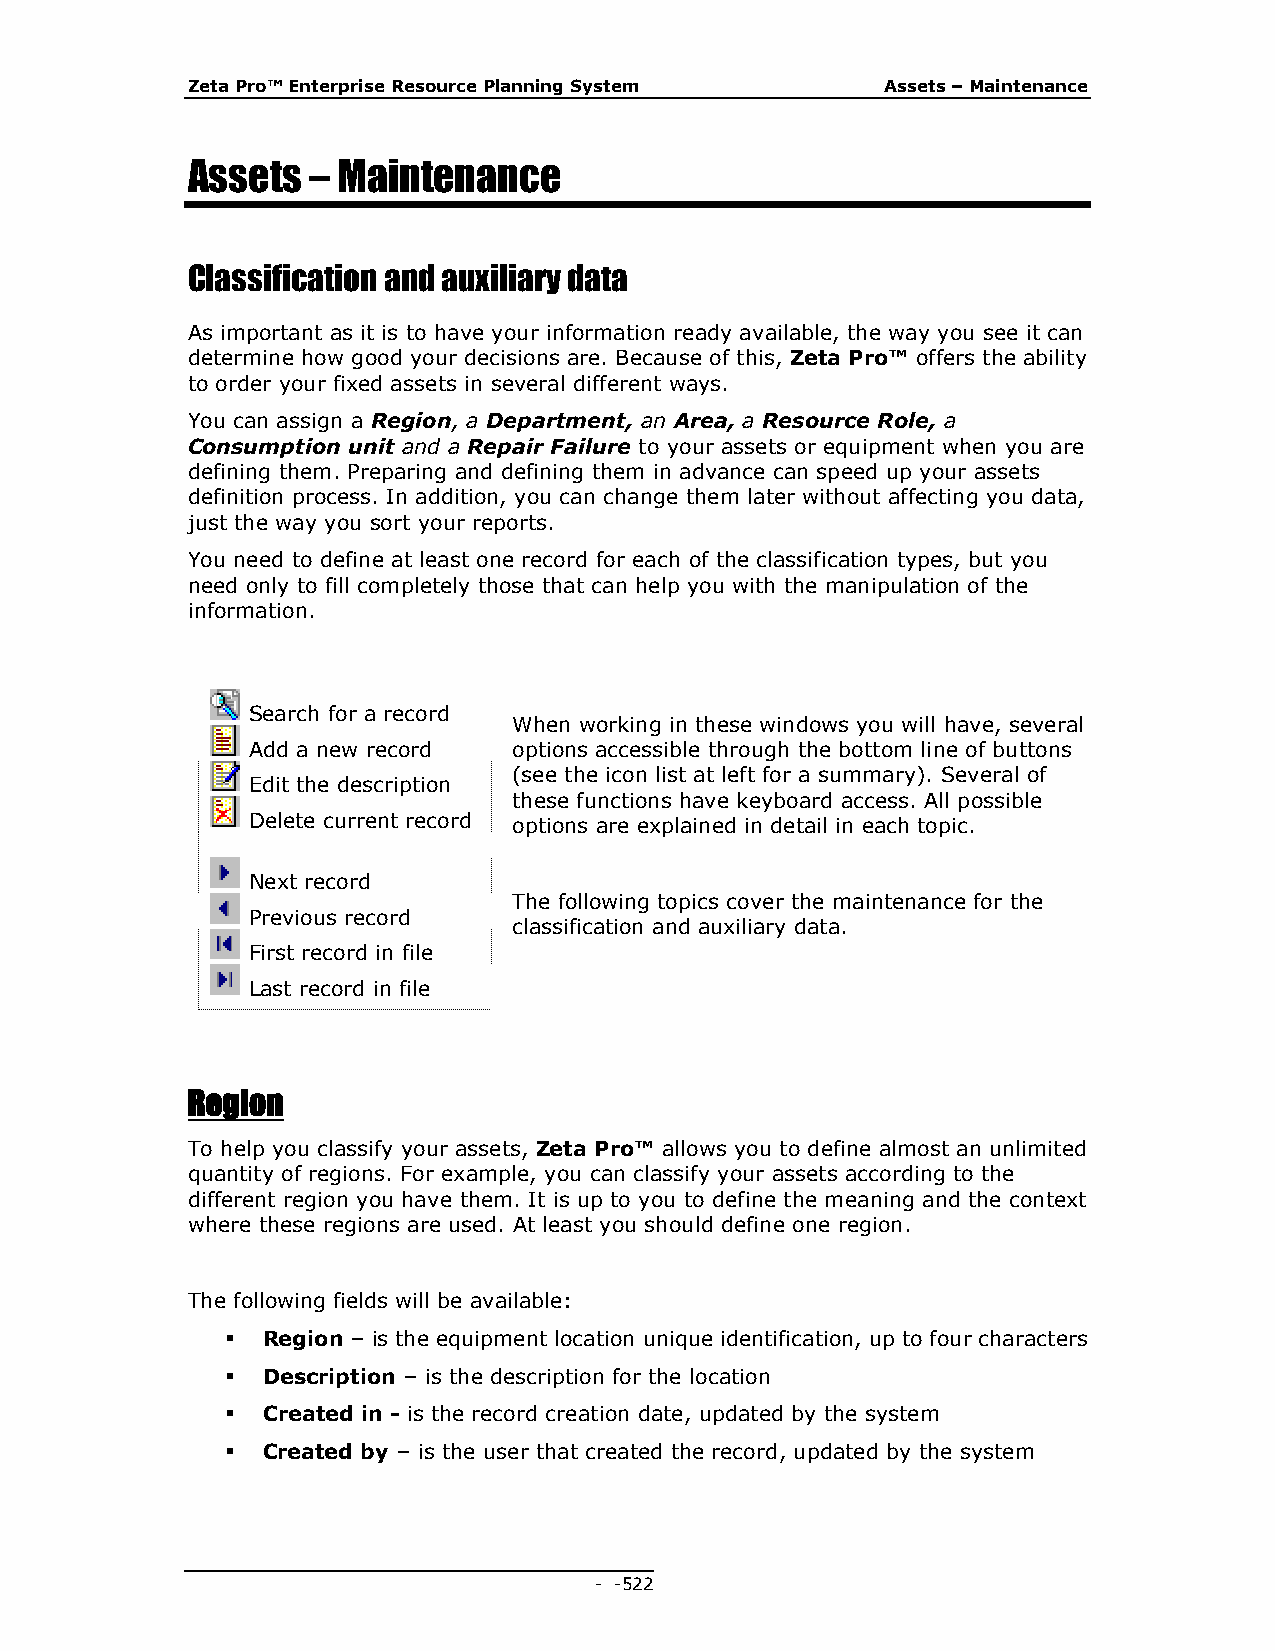
Zeta Pro™ Enterprise Resource Planning System  Assets – Maintenance
 Assets  – Maintenance
 Classification and auxiliary data
 As important as it is to have your information ready available, the way you see it can
 determine how good your decisions are. Because of this, Zeta Pro™ offers the ability
 to order your fixed assets in several different ways.
 You can assign a Region, a Department, an Area, a Resource Role, a
 Consumption unit and a Repair Failure to your assets or equipment when you are
 defining them. Preparing and defining them in advance can speed up your assets
 definition process. In addition, you can change them later without affecting you data,
 just the way you sort your reports.
 You need to define at least one record for each of the classification types, but you
 need only to fill completely those that can help you with the manipulation of the
 information.
 Search for a record
 When working in these windows you will have, several
 Add a new record  options accessible through the bottom line of buttons
 (see the icon list at left for a summary). Several of
 Edit the description
 these functions have keyboard access. All possible
 Delete current record options are explained in detail in each topic.
 Next record
 The following topics cover the maintenance for the
 Previous record
 classification and auxiliary data.
 First record in file
 Last record in file
 Region
 To help you classify your assets, Zeta Pro™ allows you to define almost an unlimited
 quantity of regions. For example, you can classify your assets according to the
 different region you have them. It is up to you to define the meaning and the context
 where these regions are used. At least you should define one region.
 The following fields will be available:
  Region – is the equipment location unique identification, up to four characters
  Description – is the description for the location
  Created in - is the record creation date, updated by the system
  Created by – is the user that created the record, updated by the system
 - - 522